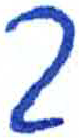
אות: ך